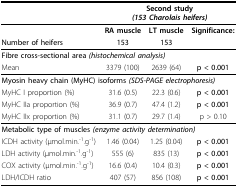
<table><thead><tr><td></td><td colspan="3"><b>Second study<i>(153 Charolais heifers)</i></b></td></tr></thead><tbody><tr><td></td><td><b>RA muscle</b></td><td><b>LT muscle</b></td><td><b>Significance:</b></td></tr><tr><td><b>Number of heifers</b></td><td><b>153</b></td><td><b>153</b></td><td></td></tr><tr><td colspan="4"><b>Fibre cross-sectional area <i>(histochemical analysis)</i></b></td></tr><tr><td>Mean</td><td>3379 (100)</td><td>2639 (64)</td><td><b>p &lt; 0.001</b></td></tr><tr><td colspan="4"><b>Myosin heavy chain (MyHC) isoforms <i>(SDS-PAGE electrophoresis)</i></b></td></tr><tr><td>MyHC I proportion (%)</td><td>31.6 (0.5)</td><td>22.3 (0.6)</td><td><b>p &lt; 0.001</b></td></tr><tr><td>MyHC IIa proportion (%)</td><td>36.9 (0.7)</td><td>47.4 (1.2)</td><td><b>p &lt; 0.001</b></td></tr><tr><td>MyHC IIx proportion (%)</td><td>31.1 (0.7)</td><td>29.7 (1.4)</td><td>p &gt; 0.10</td></tr><tr><td colspan="4"><b>Metabolic type of muscles <i>(enzyme activity determination)</i></b></td></tr><tr><td>ICDH activity (μmol.min.<sup>-1</sup>.g<sup>-1</sup>)</td><td>1.46 (0.04)</td><td>1.25 (0.04)</td><td><b>p &lt; 0.001</b></td></tr><tr><td>LDH activity (μmol.min.<sup>-1</sup>.g<sup>-1</sup>)</td><td>555 (6)</td><td>835 (13)</td><td><b>p &lt; 0.001</b></td></tr><tr><td>COX activity (μmol.min.<sup>-1</sup>.g<sup>-1</sup>)</td><td>16.6 (0.4)</td><td>10.4 (0.3)</td><td><b>p &lt; 0.001</b></td></tr><tr><td>LDH/ICDH ratio</td><td>407 (57)</td><td>856 (108)</td><td><b>p &lt; 0.001</b></td></tr></tbody></table>